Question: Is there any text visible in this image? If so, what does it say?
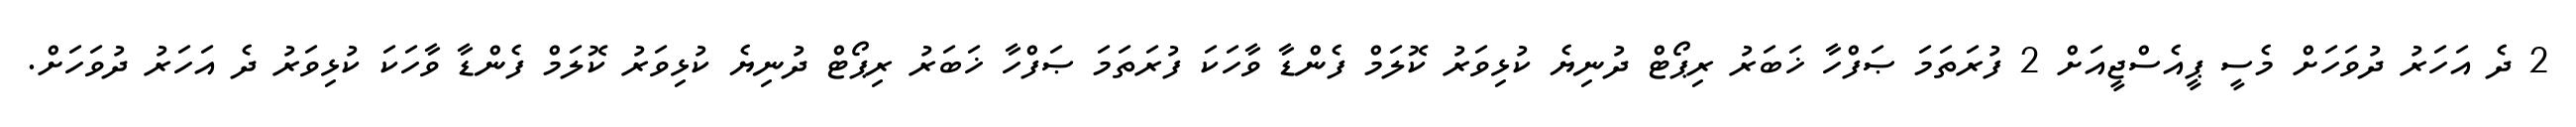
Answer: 2 ދެ އަހަރު ދުވަހަށް މެސީ ޕީއެސްޖީއަށް 2 ފުރަތަމަ ޞަފްހާ ޚަބަރު ރިޕޯޓް ދުނިޔެ ކުޅިވަރު ކޮލަމް ފެންޑާ ވާހަކަ ފުރަތަމަ ޞަފްހާ ޚަބަރު ރިޕޯޓް ދުނިޔެ ކުޅިވަރު ކޮލަމް ފެންޑާ ވާހަކަ ކުޅިވަރު ދެ އަހަރު ދުވަހަށް.